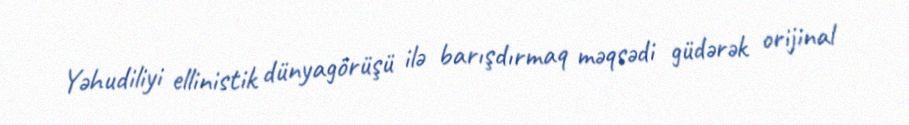
Yəhudiliyi ellinistik dünyagörüşü ilə barışdırmaq məqsədi güdərək orijinal